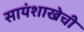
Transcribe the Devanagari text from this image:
सायंशाखेची